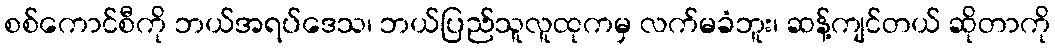
စစ်ကောင်စီကို ဘယ်အရပ်ဒေသ၊ ဘယ်ပြည်သူလူထုကမှ လက်မခံဘူး၊ ဆန့်ကျင်တယ် ဆိုတာကို